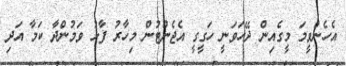
އެހެންވީމަ މީގެއިން ދޭހަވަނީ ހަގީގީ އެޖެންޓުން މިހާރު ފާޅު ވަމުންދާ ކަމާ އަދި